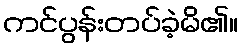
ကင်ပွန်းတပ်ခဲ့မိ၏။